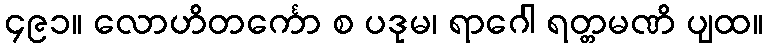
၄၉၁။ လောဟိတင်္ကော စ ပဒုမ၊ ရာဂေါ ရတ္တမဏိ ပျထ။